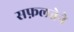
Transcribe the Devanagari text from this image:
सफ़लतेने